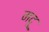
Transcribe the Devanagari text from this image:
मदू